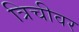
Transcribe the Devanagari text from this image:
त्रिचीवर